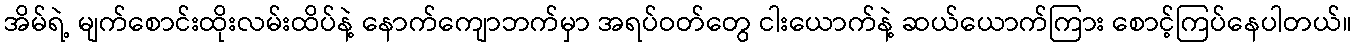
အိမ်ရဲ့ မျက်စောင်းထိုးလမ်းထိပ်နဲ့ နောက်ကျောဘက်မှာ အရပ်ဝတ်တွေ ငါးယောက်နဲ့ ဆယ်ယောက်ကြား စောင့်ကြပ်နေပါတယ်။